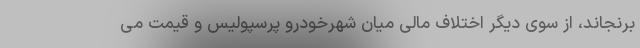
برنجاند، از سوی دیگر اختلاف مالی میان شهرخودرو پرسپولیس و قیمت می